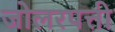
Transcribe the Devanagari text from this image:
जोलरपत्ती